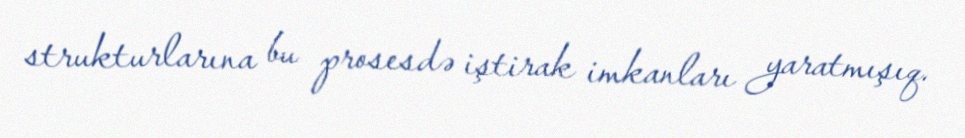
strukturlarına bu prosesdə iştirak imkanları yaratmışıq.